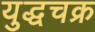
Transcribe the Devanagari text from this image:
युद्धचक्र